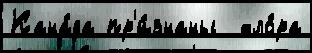
Кана́да пр'и́знаны  хло́ра